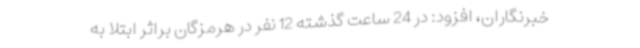
خبرنگاران، افزود: در 24 ساعت گذشته 12 نفر در هرمزگان براثر ابتلا به